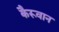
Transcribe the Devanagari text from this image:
कैरूवान